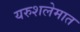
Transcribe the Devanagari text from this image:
यरुशलेमात